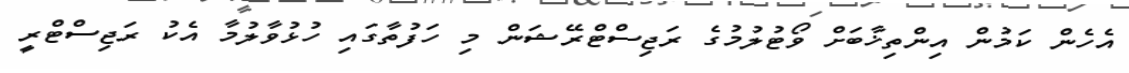
އެހެން ކަމުން އިންތިޚާބަށް ވޯޓުލުމުގެ ރަޖިސްޓްރޭޝަން މި ހަފުތާގައި ހުޅުވާލުމާ އެކު ރަޖިސްޓްރީ